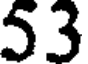
53